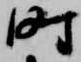
時